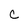
Character: C